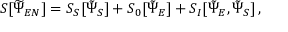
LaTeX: S [ \widetilde { \Psi } _ { E N } ] = S _ { S } [ \tilde { \Psi } _ { S } ] + S _ { 0 } [ \tilde { \Psi } _ { E } ] + S _ { I } [ \tilde { \Psi } _ { E } , \tilde { \Psi } _ { S } ] \, ,